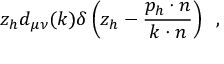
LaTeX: z _ { h } d _ { \mu \nu } ( k ) \delta \left( z _ { h } - \frac { p _ { h } \cdot n } { k \cdot n } \right) \; \; ,